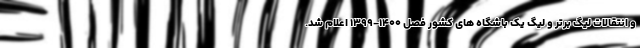
و انتقالات لیگ برتر و لیگ یک باشگاه های کشور فصل ۱۴۰۰-۱۳۹۹ اعلام شد.